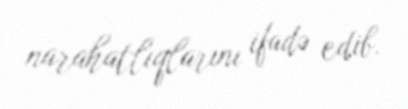
narahatlıqlarını ifadə edib.